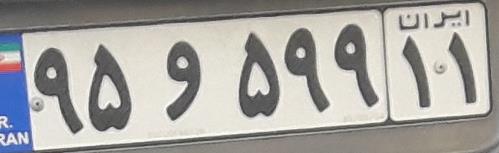
۹۵و۵۹۹۱۱